Report of the Indian Hemp Drugs Commission, 1894-1895 - Volume VI
Year: 1894
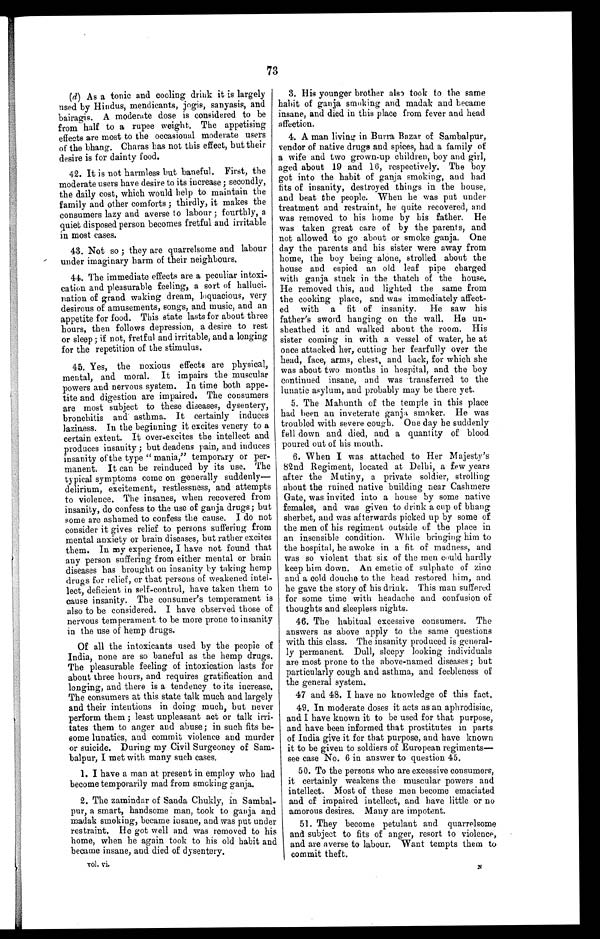
73
(d ) As a tonic and cooling drink it is largely
used by Hindus, mendicants, jogis, sanyasis, and
bairagis. A moderate dose is considered to be
from half to a rupee weight. The appetising
effects are most to the occasional moderate users
of the bhang. Charas has not this effect, but their
desire is for dainty food.
42. It is not harmless but baneful. First, the
moderate users have desire to its increase; secondly,
the daily cost, which would help to maintain the
family and other comforts; thirdly, it makes the
consumers lazy and averse to labour; fourthly, a
quiet disposed person becomes fretful and irritable
in most cases.
43. Not so; they are quarrelsome and labour
under imaginary harm of their neighbours.
44. The immediate effects are a peculiar intoxi-
cation and pleasurable feeling, a sort of halluci-
nation of grand waking dream, loquacious, very
desirous of amusements, songs, and music, and an
appetite for food. This state lasts for about three
hours, then follows depression, a desire to rest
or sleep; if not, fretful and irritable, and a longing
for the repetition of the stimulus.
45. Yes, the noxious effects are physical,
mental, and moral. It impairs the muscular
powers and nervous system. In time both appe-
tite and digestion are impaired. The consumers
are most subject to these diseases, dysentery,
bronchitis and asthma. It certainly induces
laziness. In the beginning it excites venery to a
certain extent. It over-excites the intellect and
produces insanity; but deadens pain, and induces
insanity of the type "mania," temporary or per-
manent. It can be reinduced by its use. The
typical symptoms come on generally suddenly—
delirium, excitement, restlessness, and attempts
to violence. The insanes, when recovered from
insanity, do confess to the use of ganja drugs; but
some are ashamed to confess the cause. I do not
consider it gives relief to persons suffering from
mental anxiety or brain diseases, but rather excites
them. In my experience, I have not found that
any person suffering from either mental or brain
diseases has brought on insanity by taking hemp
drugs for relief, or that persons of weakened intel-
-lect, deficient in self-control, have taken them to
cause insanity. The consumer's temperament is
also to be considered. I have observed those of
nervous temperament to be more prone to insanity
in the use of hemp drugs.
Of all the intoxicants used by the people of
India, none are so baneful as the hemp drugs.
The pleasurable feeling of intoxication lasts for
about three hours, and requires gratification and
longing, and there is a tendency to its increase.
The consumers at this state talk much and largely
and their intentions in doing much, but never
perform them; least unpleasant act or talk irri-
tates them to anger and abuse; in such fits be-
come lunatics, and commit violence and murder
or suicide. During my Civil Surgeoncy of Sam-
balpur, I met with many such cases.
1. I have a man at present in employ who had
become temporarily mad from smoking ganja.
2. The zamindar of Sanda Chukly, in Sambal-
pur, a smart, handsome man, took to ganja and
madak smoking, became insane, and was put under
restraint. He got well and was removed to his
home, when he again took to his old habit and
became insane, and died of dysentery.
vol. vi.
3. His younger brother also took to the same
habit of ganja smoking and madak and became
insane, and died in this place from fever and head
affection.
4. A man living in Burra Bazar of Sambalpur,
vendor of native drugs and spices, had a family of
a wife and two grown-up children, boy and girl,
aged about 19 and 16, respectively. The boy
got into the habit of ganja smoking, and had
fits of insanity, destroyed things in the house,
and beat the people. When he was put under
treatment and restraint, he quite recovered, and
was removed to his home by his father. He
was taken great care of by the parents, and
not allowed to go about or smoke ganja. One
day the parents and his sister were away from
home, the boy being alone, strolled about the
house and espied an old leaf pipe charged
with ganja stuck in the thatch of the house.
He removed this, and lighted the same from
the cooking place, and was immediately affect-
ed with a fit of insanity. He saw his
father's sword hanging on the wall. He un-
- s h e a t h e d i t a n d w a l k e d a b o u t t h e r o o m . H i s
sister coming in with a vessel of water, he at
once attacked her, cutting her fearfully over the
head, face, arms, chest, and back, for which she
was about two months in hospital, and the boy
continued insane, and was transferred to the
lunatic asylum, and probably may be there yet.
5. The Mahunth of the temple in this place
had been an inveterate ganja smoker. He was
troubled with severe cough. One day he suddenly
fell down and died, and a quantity of blood
poured out of his mouth.
6. When I was attached to Her Majesty's
82nd Regiment, located at Delhi, a few years
after the Mutiny, a private soldier, strolling
about the ruined native building near Cashmere
Gate, was invited into a house by some native
females, and was given to drink a cup of bhang
sherbet, and was afterwards picked up by some of
the men of his regiment outside of the place in
an insensible condition. While bringing him to
the hospital, he awoke in a fit of madness, and
was so violent that six of the men could hardly
keep him down. An emetic of sulphate of zinc
and a cold douche to the head restored him, and
he gave the story of his drink. This man suffered
for some time with headache and confusion of
thoughts and sleepless nights.
46. The habitual excessive consumers. The
answers as above apply to the same questions
with this class. The insanity produced is general-
ly permanent. Dull, sleepy looking individuals
are most prone to the above-named diseases; but
particularly cough and asthma, and feebleness of
the general system.
47 and 48. I have no knowledge of this fact.
49. In moderate doses it acts as an aphrodisiac,
and I have known it to be used for that purpose,
and have been informed that prostitutes in parts
of India give it for that purpose, and have known
it to be given to soldiers of European regiments—
see case No. 6 in answer to question 45.
50. To the persons who are excessive consumers,
it certainly weakens the muscular powers and
intellect. Most of these men become emaciated
and of impaired intellect, and have little or no
amorous desires. Many are impotent.
51. They become petulant and quarrelsome
and subject to fits of anger, resort to violence,
and are averse to labour. Want tempts them to
c o mmi t t h e f t .
N